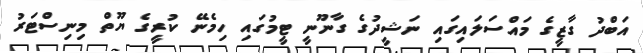
އަބްދު ގާޒީގެ މައްސަލައިގައި ނަޝީދުގެ ގާނޫނީ ޓީމުގައި ހިމެނޭ ކުރީގެ ޔޫތް މިނިސްޓަރު